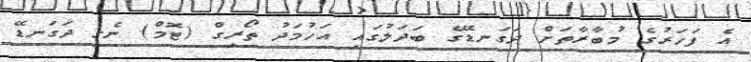
އެ ފަހަރުގެ މުބާރާތަށް ދަގަނޑޭގެ ބަދަލުގައި އަހުމަދު ތޯރިގް (ޓޮމް) ނެގީ ދަގަނޑޭ